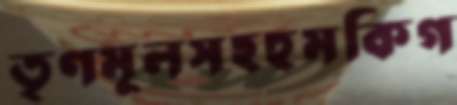
তৃণমূলসহহুমকিগ